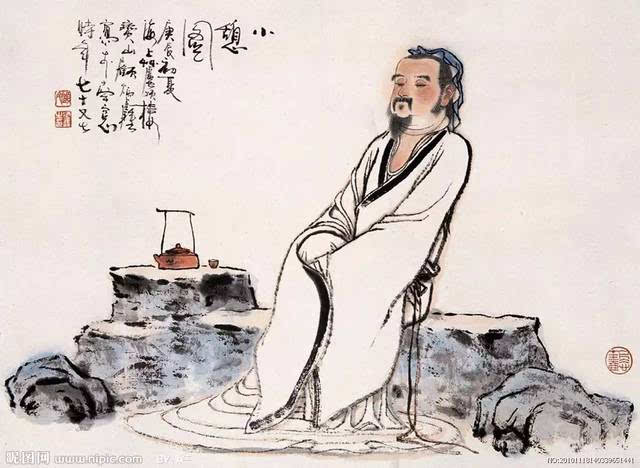
夫人必自侮，然后人侮之家必自毁，而后人毁之国必自伐，而后人伐之。